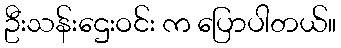
ဦးသန်းဌေးဝင်း က ပြောပါတယ်။